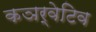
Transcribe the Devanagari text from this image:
कञर्वेटिव